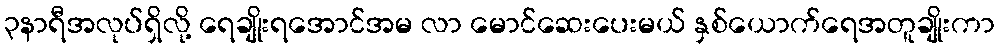
၃နာရီအလုပ်ရှိလို့ ရေချိုးရအောင်အမ လာ မောင်ဆေးပေးမယ် နှစ်ယောက်ရေအတူချိုးကာ